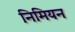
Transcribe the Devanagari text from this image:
निमियन